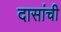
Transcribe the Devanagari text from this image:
दासांची